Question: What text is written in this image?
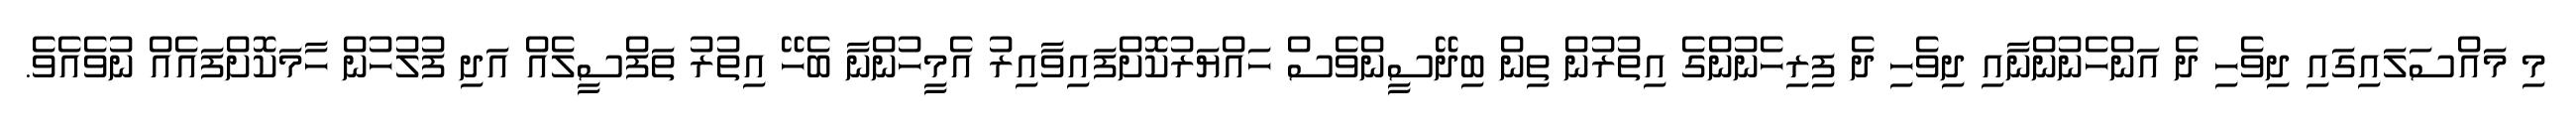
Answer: މި މައްސަލައިގައި ދިވެހި ދެ އަންހެނުންނާއި ދިވެހި ދެ ފިރިހެނުންގެ އިތުރުން ތިން ބިދޭސީންވެސް ހައްޔަރުކޮށްފައިވާއިރު އެމީހުންނާ ބެހޭ އިތުރު ތަފްސީލެއް އަދި ފުލުހުން ހާމަކޮށްފައެއް ނުވެއެވެ.